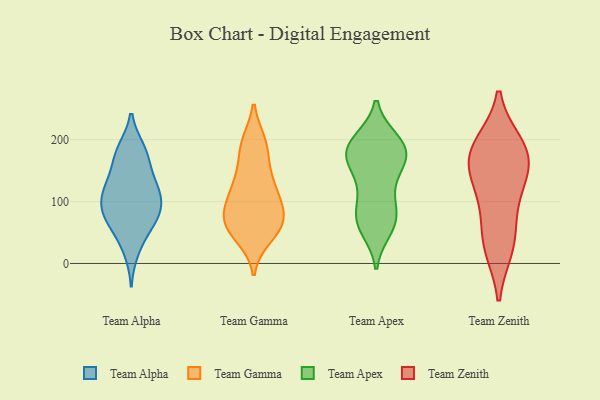
{"axis": {"x": "Inventory Turnover", "y": "Value"}, "legend": ["Team Alpha", "Team Apex", "Team Gamma", "Team Zenith"], "data": [{"x": "", "y": 74, "type": "Team Alpha"}, {"x": "", "y": 183, "type": "Team Alpha"}, {"x": "", "y": 46, "type": "Team Alpha"}, {"x": "", "y": 79, "type": "Team Alpha"}, {"x": "", "y": 81, "type": "Team Alpha"}, {"x": "", "y": 127, "type": "Team Alpha"}, {"x": "", "y": 179, "type": "Team Alpha"}, {"x": "", "y": 156, "type": "Team Alpha"}, {"x": "", "y": 118, "type": "Team Alpha"}, {"x": "", "y": 113, "type": "Team Alpha"}, {"x": "", "y": 115, "type": "Team Alpha"}, {"x": "", "y": 179, "type": "Team Alpha"}, {"x": "", "y": 83, "type": "Team Alpha"}, {"x": "", "y": 74, "type": "Team Alpha"}, {"x": "", "y": 119, "type": "Team Alpha"}, {"x": "", "y": 21, "type": "Team Alpha"}, {"x": "", "y": 73, "type": "Team Gamma"}, {"x": "", "y": 196, "type": "Team Gamma"}, {"x": "", "y": 115, "type": "Team Gamma"}, {"x": "", "y": 67, "type": "Team Gamma"}, {"x": "", "y": 84, "type": "Team Gamma"}, {"x": "", "y": 58, "type": "Team Gamma"}, {"x": "", "y": 87, "type": "Team Gamma"}, {"x": "", "y": 168, "type": "Team Gamma"}, {"x": "", "y": 125, "type": "Team Gamma"}, {"x": "", "y": 106, "type": "Team Gamma"}, {"x": "", "y": 135, "type": "Team Gamma"}, {"x": "", "y": 55, "type": "Team Gamma"}, {"x": "", "y": 42, "type": "Team Gamma"}, {"x": "", "y": 66, "type": "Team Gamma"}, {"x": "", "y": 47, "type": "Team Gamma"}, {"x": "", "y": 94, "type": "Team Gamma"}, {"x": "", "y": 193, "type": "Team Gamma"}, {"x": "", "y": 143, "type": "Team Gamma"}, {"x": "", "y": 196, "type": "Team Gamma"}, {"x": "", "y": 196, "type": "Team Apex"}, {"x": "", "y": 172, "type": "Team Apex"}, {"x": "", "y": 68, "type": "Team Apex"}, {"x": "", "y": 182, "type": "Team Apex"}, {"x": "", "y": 173, "type": "Team Apex"}, {"x": "", "y": 73, "type": "Team Apex"}, {"x": "", "y": 193, "type": "Team Apex"}, {"x": "", "y": 126, "type": "Team Apex"}, {"x": "", "y": 197, "type": "Team Apex"}, {"x": "", "y": 58, "type": "Team Apex"}, {"x": "", "y": 84, "type": "Team Apex"}, {"x": "", "y": 164, "type": "Team Apex"}, {"x": "", "y": 55, "type": "Team Apex"}, {"x": "", "y": 85, "type": "Team Apex"}, {"x": "", "y": 166, "type": "Team Apex"}, {"x": "", "y": 158, "type": "Team Apex"}, {"x": "", "y": 118, "type": "Team Apex"}, {"x": "", "y": 199, "type": "Team Apex"}, {"x": "", "y": 188, "type": "Team Zenith"}, {"x": "", "y": 192, "type": "Team Zenith"}, {"x": "", "y": 176, "type": "Team Zenith"}, {"x": "", "y": 28, "type": "Team Zenith"}, {"x": "", "y": 151, "type": "Team Zenith"}, {"x": "", "y": 26, "type": "Team Zenith"}, {"x": "", "y": 173, "type": "Team Zenith"}, {"x": "", "y": 130, "type": "Team Zenith"}, {"x": "", "y": 65, "type": "Team Zenith"}, {"x": "", "y": 113, "type": "Team Zenith"}]}